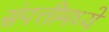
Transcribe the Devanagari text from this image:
संपत्तीमध्ये